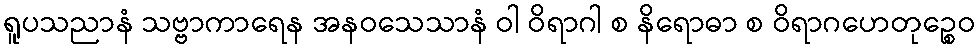
ရူပသညာနံ သဗ္ဗာကာရေန အနဝသေသာနံ ဝါ ဝိရာဂါ စ နိရောဓာ စ ဝိရာဂဟေတုဉ္စေဝ